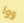
ووا